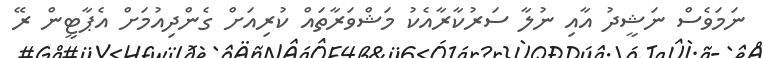
ނަމަވެސް ނަޝީދު އާއި ނުލާ ސަރުކާރާއެކު މަޝްވަރާތައް ކުރިއަށް ގެންދިއުމަށް އެޕާޓީން ރޭ